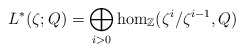
\begin{align*}L^*(\zeta;Q) & = \bigoplus_{i>0} \hom_{\mathbb{Z}}(\zeta^{i}/\zeta^{i-1},Q)\end{align*}